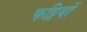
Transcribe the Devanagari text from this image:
फट्टियों